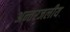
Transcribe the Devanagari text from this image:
अन्‍तरजलीय